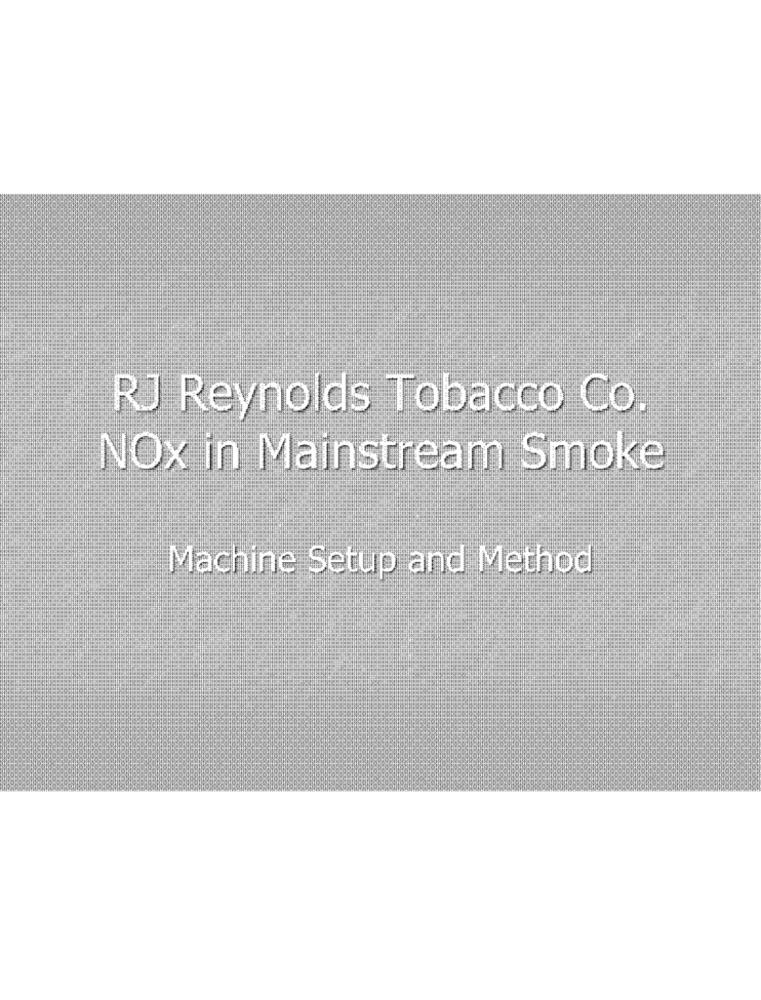
RJ Reynolds Tobacco Co.
NOx in Mainstream Smoke
Machine Setup and Method